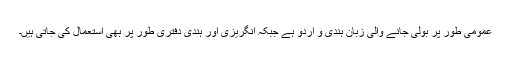
عمومی طور پر بولی جانے والی زبان ہندی و اردو ہے جبکہ انگریزی اور ہندی دفتری طور پر بھی استعمال کی جاتی ہیں۔